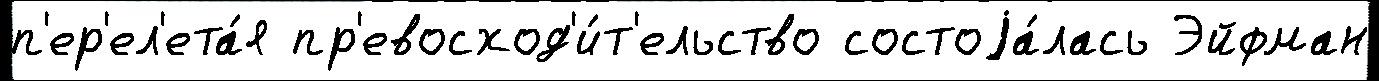
п'ер'ел'ета́я пр'евосход'и́т'ельство состоjа́лась Эйфман